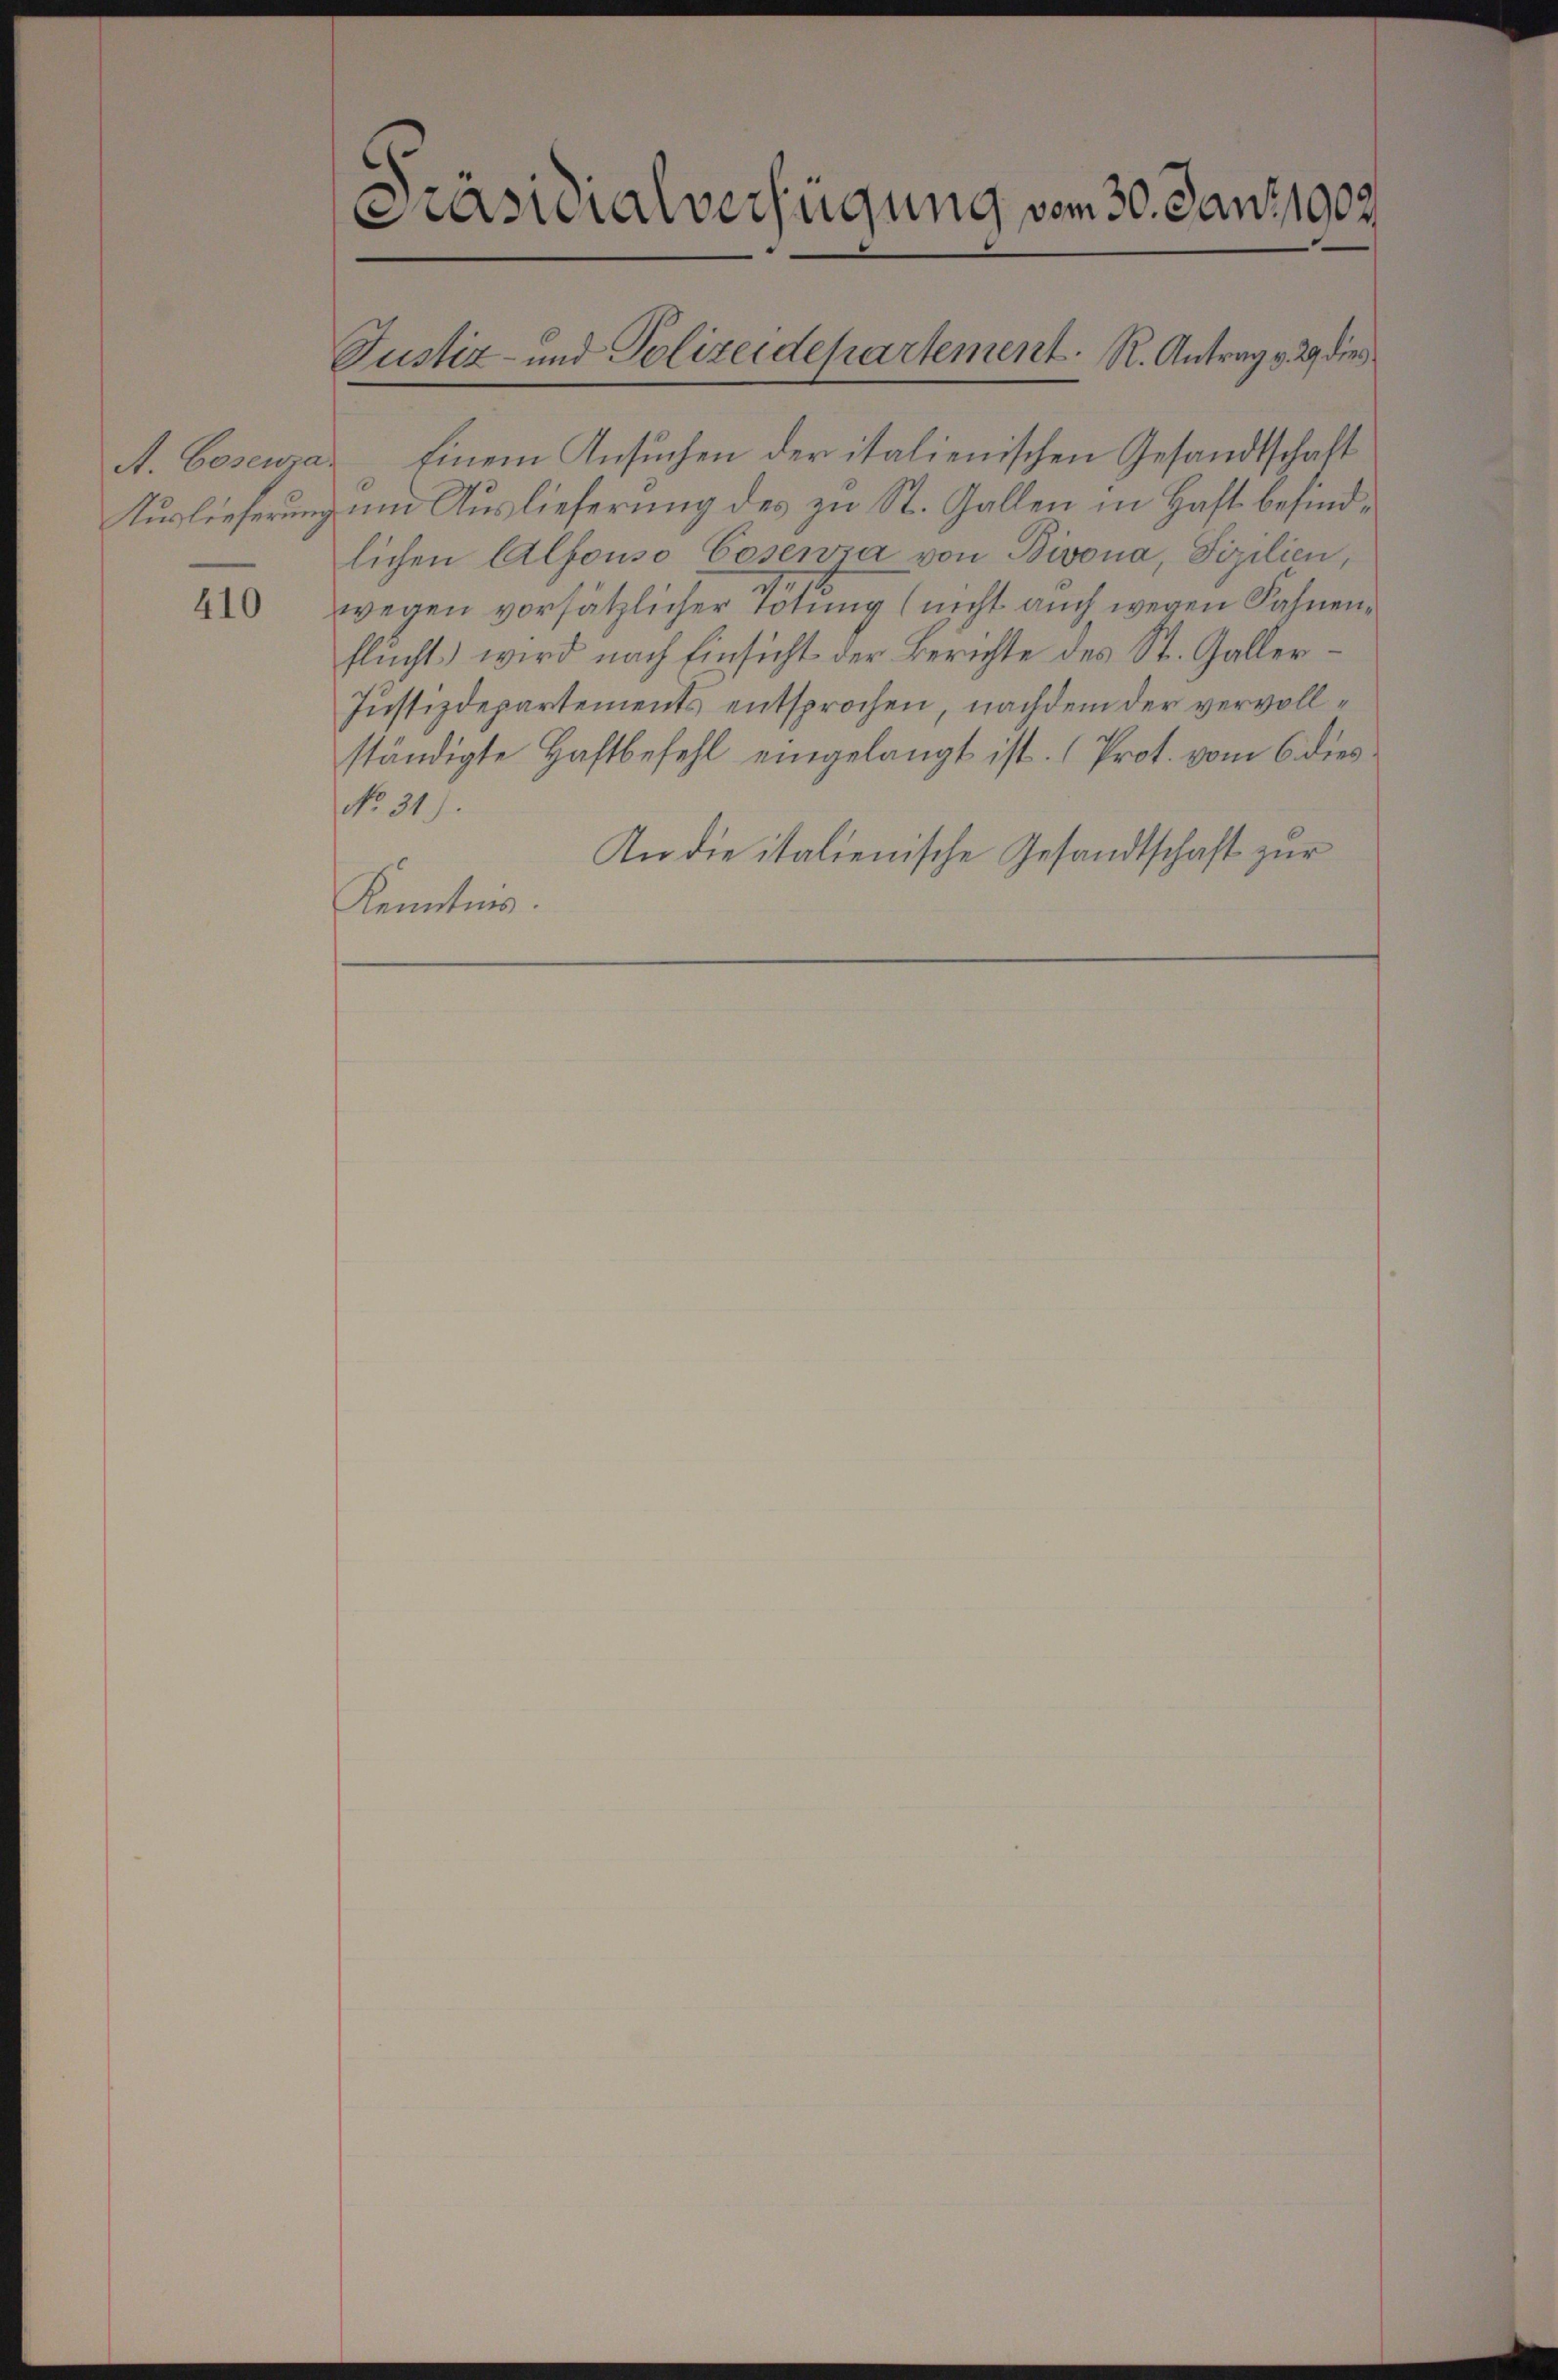
A. Cosewa
Auslieferung

410

Präsidialverfügung vom 30. Janz, 1902.

Justiz- und Polizeidepartement. R. Antrag v. 29 dies

Einem Ansuchen der italienischen Gesandtschaft
um Auslieferung des zu St. Gallen in Haft befindlichen Alfouso Cosenza von Bivona, Fizilien,
wegen vorsätzlicher Tötung (nicht auch wegen Fahnen
flucht) wird nach Einsicht der Berichte des St. Galler¬
Justizdepartements entsprochen, nachdem der vervollständigte Haftbefehl eingelangt ist. (Prot. vom 6. dies¬
No. 31).
An die italienische Gesandtschaft zur
Kenntnis.